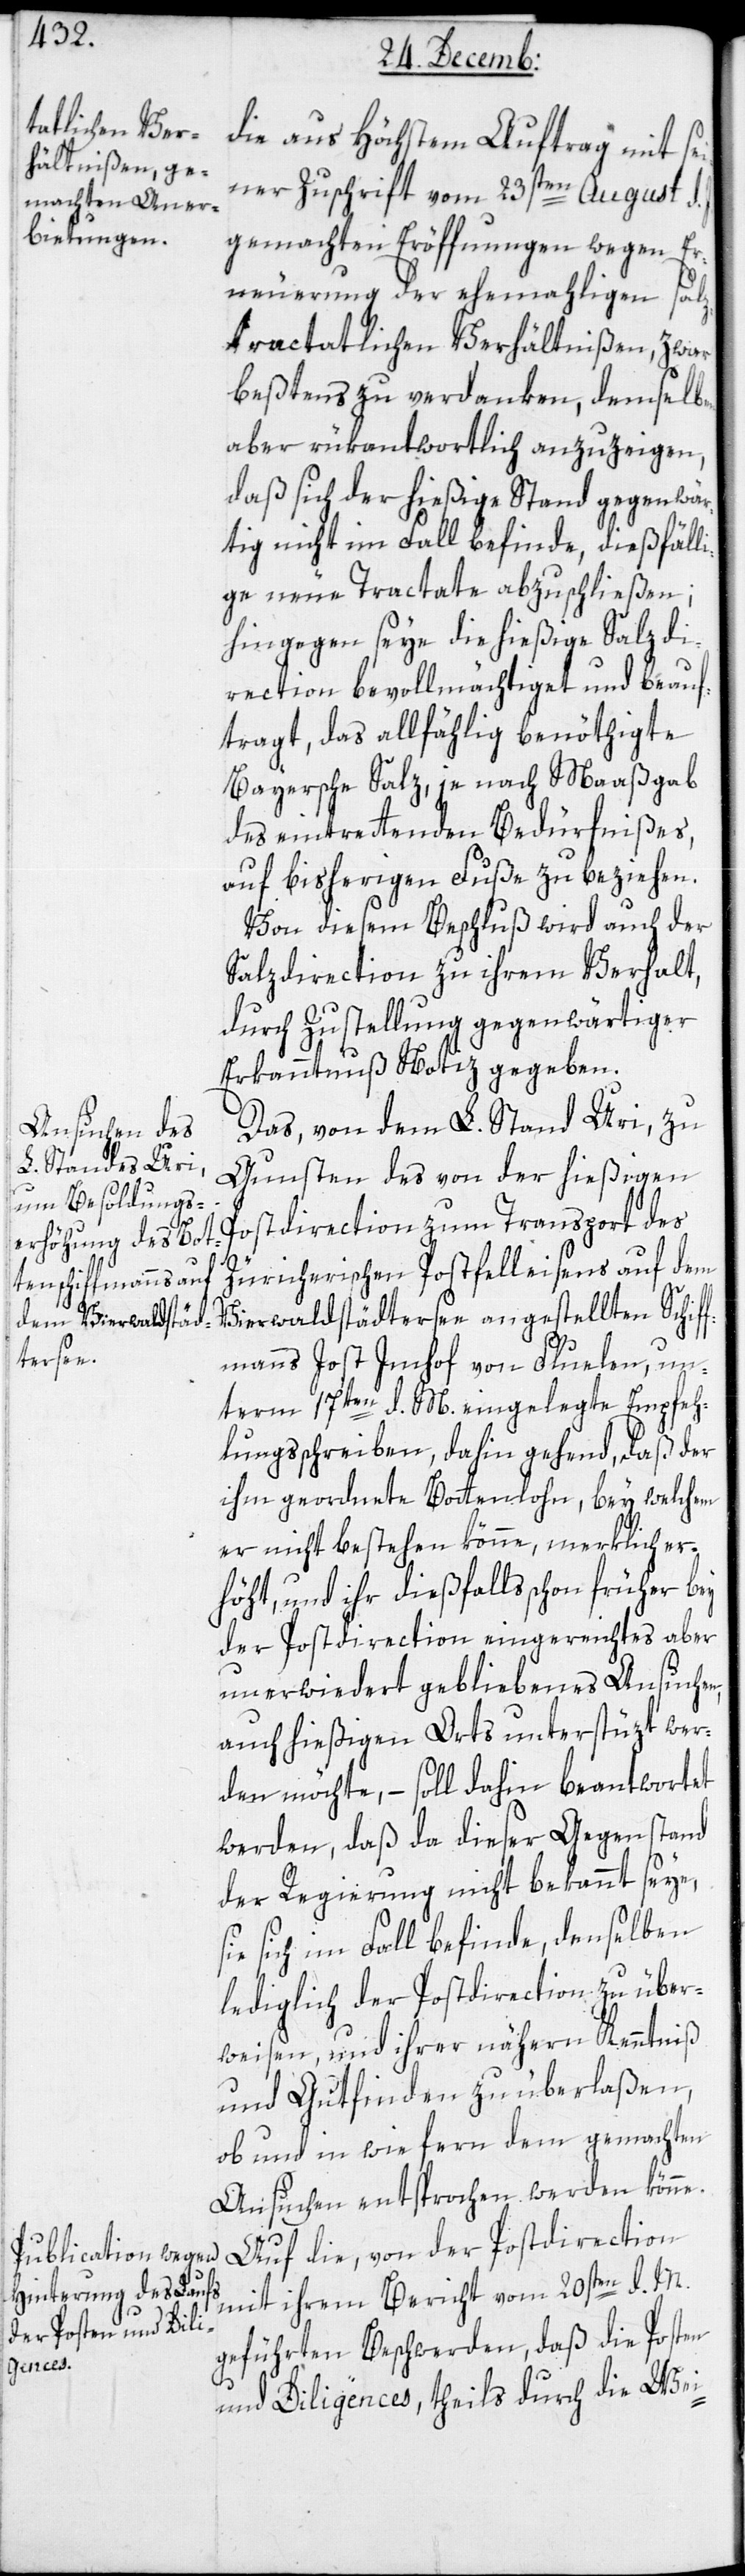
die aus höchstem Auftrag mit sei¬
ner Zuschrift vom 23sten August d.
gemachten Eröffnungen wegen Er¬
neuerung der ehemaligen salz¬
tractlichen Verhältnißen, zwar
beßtens zu verdanken, demselben
aber rükantwortlich anzuzeigen,
daß sich der hießige Stand gegenwär¬
tig nicht im Fall befinde, dießfälli¬
ge neue Tractate abzuschließen;
hingegen seye die hießige Salzdi¬
rection bevollmächtigt und beauf¬
tragt, das allfählig benöthigte
Bayersche Salz, nach Maaßgab
des eintretenden Bedürfnißes,
auf bisherigen Fuße zu beziehen.
Von diesem Beschluß wird auch der
Salzdirection zu ihrem Verhalt,
durch Zustellung gegenwärtiger
Erkanntnuß Notiz gegeben.
Das von dem L. Stand Uri, zu
Gunsten des von der hießigen
Postdirection zum Transport des
Züricherischen Postfelleisens auf dem
Vierwaldstädtersee angestellten Schiff¬
manns Jost Imhof von Flüelen, un¬
term 17ten d. M. eingelegte Empfeh¬
lungsschreiben, dahin gehend, daß der
ihm geordnete Bottenlohn, bey welchem
er nicht bestehen könne, merklich er¬
höht, und ihr dießfalls schon früher bey
der Postdirection eingereichtes, aber
unerwidert gebliebenes Ansuchen,
auch hießigen Orts unterstüzt wer¬
den möchte, – soll dahin beantwortet
werden, daß da dieser Gegenstand
der Regierung nicht bekannt seye,
sie sich im Fall befinde, denselben
lediglich der Postdirection zu über¬
weisen, und ihrer nähern Kenntniß
und Gutfinden zu überlaßen,
ob und in wie fern dem gemachten
Ansuchen entsprochen werden könne.
Auf die von der Postdirection
mit ihrem Bericht vom 20sten d. M.
geführten Beschwerden, daß die Posten
und Diligences, theils durch die Wie-